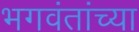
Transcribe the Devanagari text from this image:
भगवंतांच्या